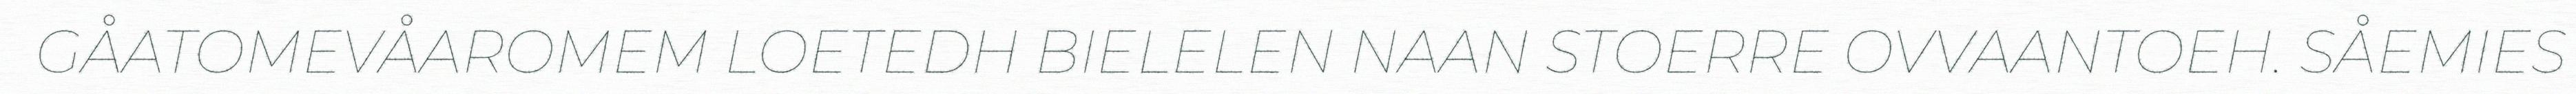
GÅATOMEVÅAROMEM LOETEDH BIELELEN NAAN STOERRE OVVAANTOEH. SÅEMIES